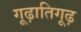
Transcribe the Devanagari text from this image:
गूढ़ातिगूढ़